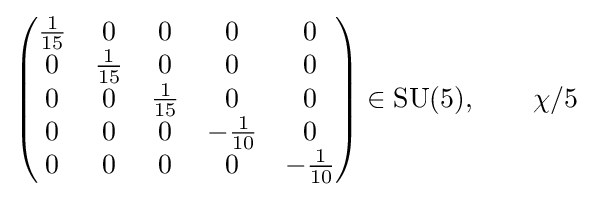
{\begin{pmatrix}{1 \over 15}&0&0&0&0\\0&{1 \over 15}&0&0&0\\0&0&{1 \over 15}&0&0\\0&0&0&-{1 \over 10}&0\\0&0&0&0&-{1 \over 10}\end{pmatrix}}\in {\text{SU}}(5),\qquad \chi /5